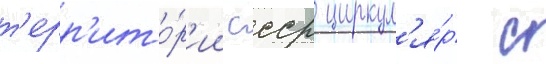
т'ерр'ито́р'ии ссср циркул'я́р с